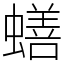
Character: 蟮